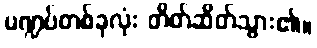
မဏ္ဍပ်တစ်ခုလုံး တိတ်ဆိတ်သွား၏။